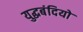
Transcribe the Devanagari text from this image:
युद्धबंदियो